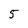
Character: 5